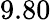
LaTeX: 9.80